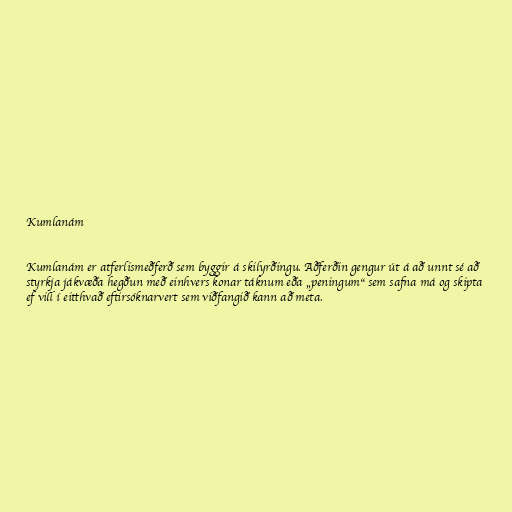
Kumlanám

Kumlanám er atferlismeðferð sem byggir á skilyrðingu. Aðferðin gengur út á að unnt sé að
styrkja jákvæða hegðun með einhvers konar táknum eða „peningum“ sem safna má og skipta
ef vill í eitthvað eftirsóknarvert sem viðfangið kann að meta.